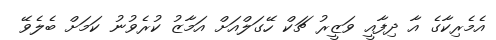
އެމެރިކާގެ އާ ދިފާއީ ވަޒީރު ޗަކް ހޭގަލްއަށް އަމާޒު ކުރެވުނު ކަމަށް ބެލެވޭ